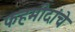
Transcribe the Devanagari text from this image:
फहमीदांचे